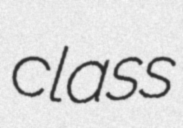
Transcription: class